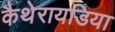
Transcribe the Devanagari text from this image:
कैथेरायडिया